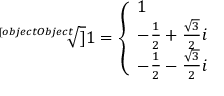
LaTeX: { \sqrt [ [object Object] ] { 1 } } = { \left\{ \begin{array} { l l } { 1 } \\ { - { \frac { 1 } { 2 } } + { \frac { \sqrt { 3 } } { 2 } } i } \\ { - { \frac { 1 } { 2 } } - { \frac { \sqrt { 3 } } { 2 } } i } \end{array} \right. }